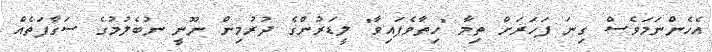
އެހެންނަމަވެސް ގިނަ ފަހަރަށް ތިމާ "ހިތާވެފައިވާ" ލީޑަރުންގެ ދުރުމިން ނޫނީ ނުބެލުމުގެ ސަގާފަތެއް